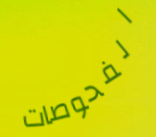
الفحوصات